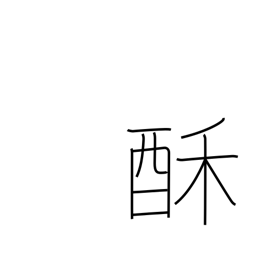
Meaning: milk